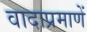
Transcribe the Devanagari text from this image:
वादाप्रमाणें